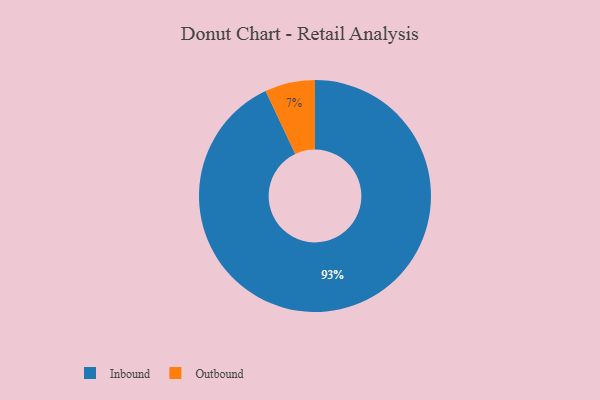
{"axis": {"x": "Category", "y": "Percentage"}, "legend": ["Inbound", "Outbound"], "data": [{"x": "Inbound", "y": 93, "type": "Inbound"}, {"x": "Outbound", "y": 7, "type": "Outbound"}]}